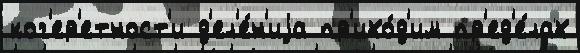
ког'ер'етност'и д'ел'е́н'иjа пр'ихо́д'им пр'ед'е́лах